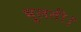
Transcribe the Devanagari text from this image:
भूलती।